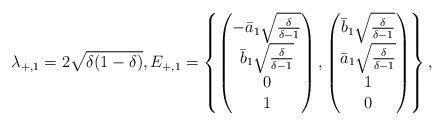
LaTeX: \begin{align*} \lambda_{+,1} = 2 \sqrt{\delta(1-\delta)}, E_{+,1} = \left\{ \begin{pmatrix}-\bar{a}_1 \sqrt{\frac{\delta}{\delta-1}} \\ \bar{b}_1 \sqrt{\frac{\delta}{\delta-1}} \\ 0 \\1\end{pmatrix},\begin{pmatrix}\bar{b}_1 \sqrt{\frac{\delta}{\delta-1}} \\ \bar{a}_1 \sqrt{\frac{\delta}{\delta-1}} \\ 1 \\0\end{pmatrix}\right\},\end{align*}